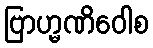
ဗြာဟ္မဏိဝေါစ